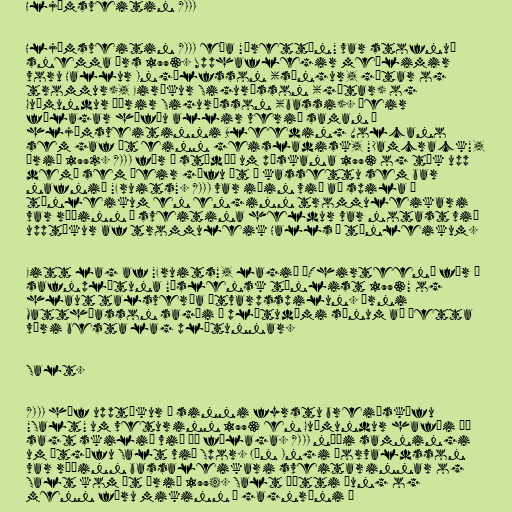
Hljómsveitin XIII

Hljómsveitin XIII eða "þrettán" var stofnuð
snemma árs 1993. Upphaflegir meðlimir
voru Hallur Ingólfsson (söngur, gítar og
trommur), Eiríkur Sigurðsson (gítar) og
Guðmundur Þórir Sigurðsson (bassi). Þeir
félagar höfðu allir verið saman í
hljómsveitinni Bleeding Volcano
sem gaf út einn geisladisk, "Damcrack",
árið 1992. XIII fór í stúdíó um páskana 1993 og tók upp
demó sem þeir gáfu út á kassettu sem bar
nafnið "Fruits". XIII var iðin við að spila á
tónleikum en enginn trommuleikari
var ráðinn í sveitina heldur var notast við
upptökur af trommuleik Halls á tónleikum.

Eitt lag af "Fruits", lagið „Thirteen“ fór á
safnplötuna "Íslensk tónlist 1993" og
hlaut talsverða útvarpsspilun. Árni
Matthíasson sagði í plötudómi sínum að þetta
væri besta lag plötunnar.

Salt.

XIII hóf upptökur á sinni fyrstu breiðskífu
"Salt" um veturinn 1993 en Guðmundur hafði þá
sagt skilið við þá félaga. XIII náði samningi
um útgáfu Salt við Spor. Jón Ingi Þorvaldsson
var ráðinn bassaleikari sveitarinnar og
Salt kom út árið 1994. Salt þótti þung og
menn fóru mikinn í gagnrýni í